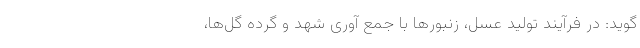
‌گوید: در فرآیند تولید عسل، زنبورها با جمع آوری شهد و گرده گل‌ها،